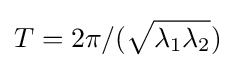
T=2{\pi }/({\sqrt {\lambda _{1}\lambda _{2}}})